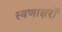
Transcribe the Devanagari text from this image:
स्वणाक्षरों